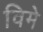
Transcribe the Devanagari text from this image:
विमे